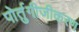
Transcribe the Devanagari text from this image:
पोर्तुगीजीकरण